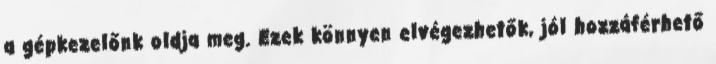
a gépkezelőnk oldja meg. Ezek könnyen elvégezhetők, jól hozzáférhető